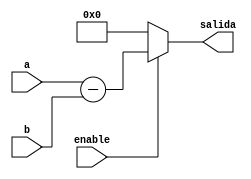
module resta(
	input [31:0]a,
	input [31:0]b,
	input enable,
	output reg [31:0]salida
);
always@*
begin
	if(enable)
	begin
		salida = a-b;
	end
	else
	begin
		salida = 0;
	end
end
endmodule